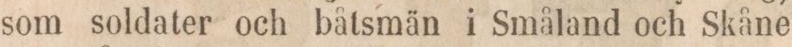
som soldater och båtsmän i Småland och Skåne